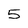
Character: 5